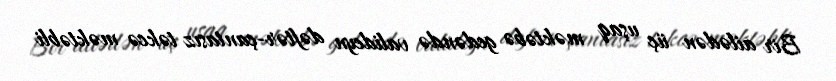
Bir ailədən üç uşaq məktəbə gedəndə valideyn dəftər-çantasız təkcə məktəbli